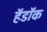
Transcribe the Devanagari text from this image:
हॅडॉक